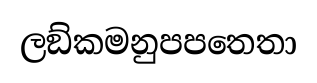
ලඞ්කමනුපපතෙතා